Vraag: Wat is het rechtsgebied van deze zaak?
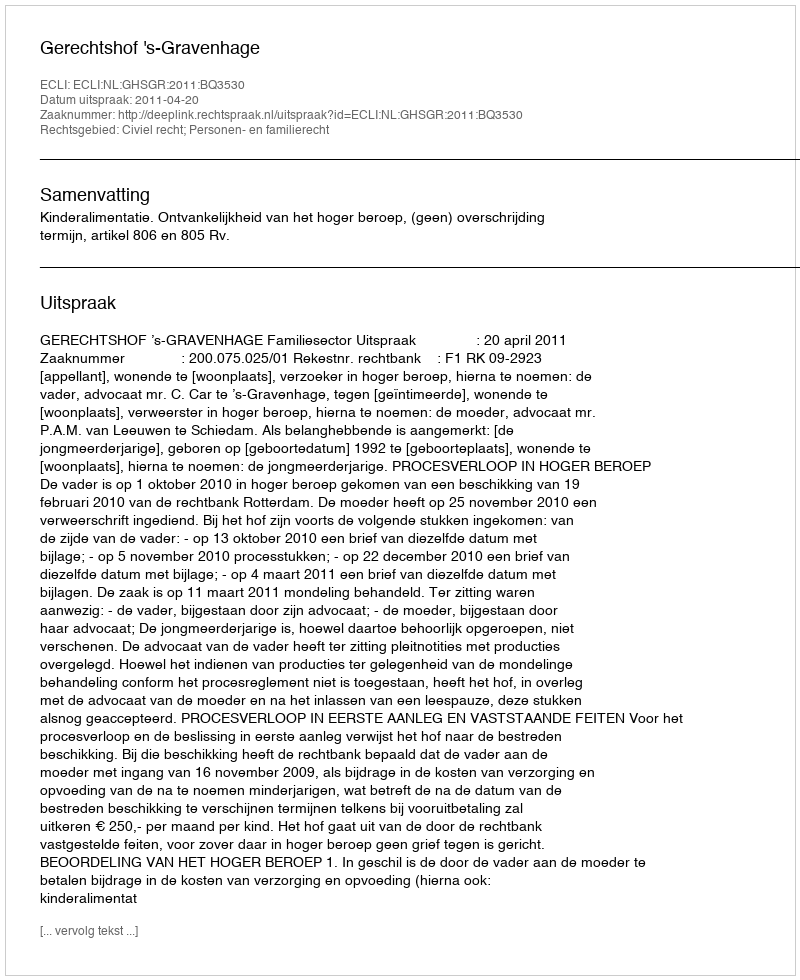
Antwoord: Civiel recht; Personen- en familierecht